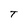
Character: T